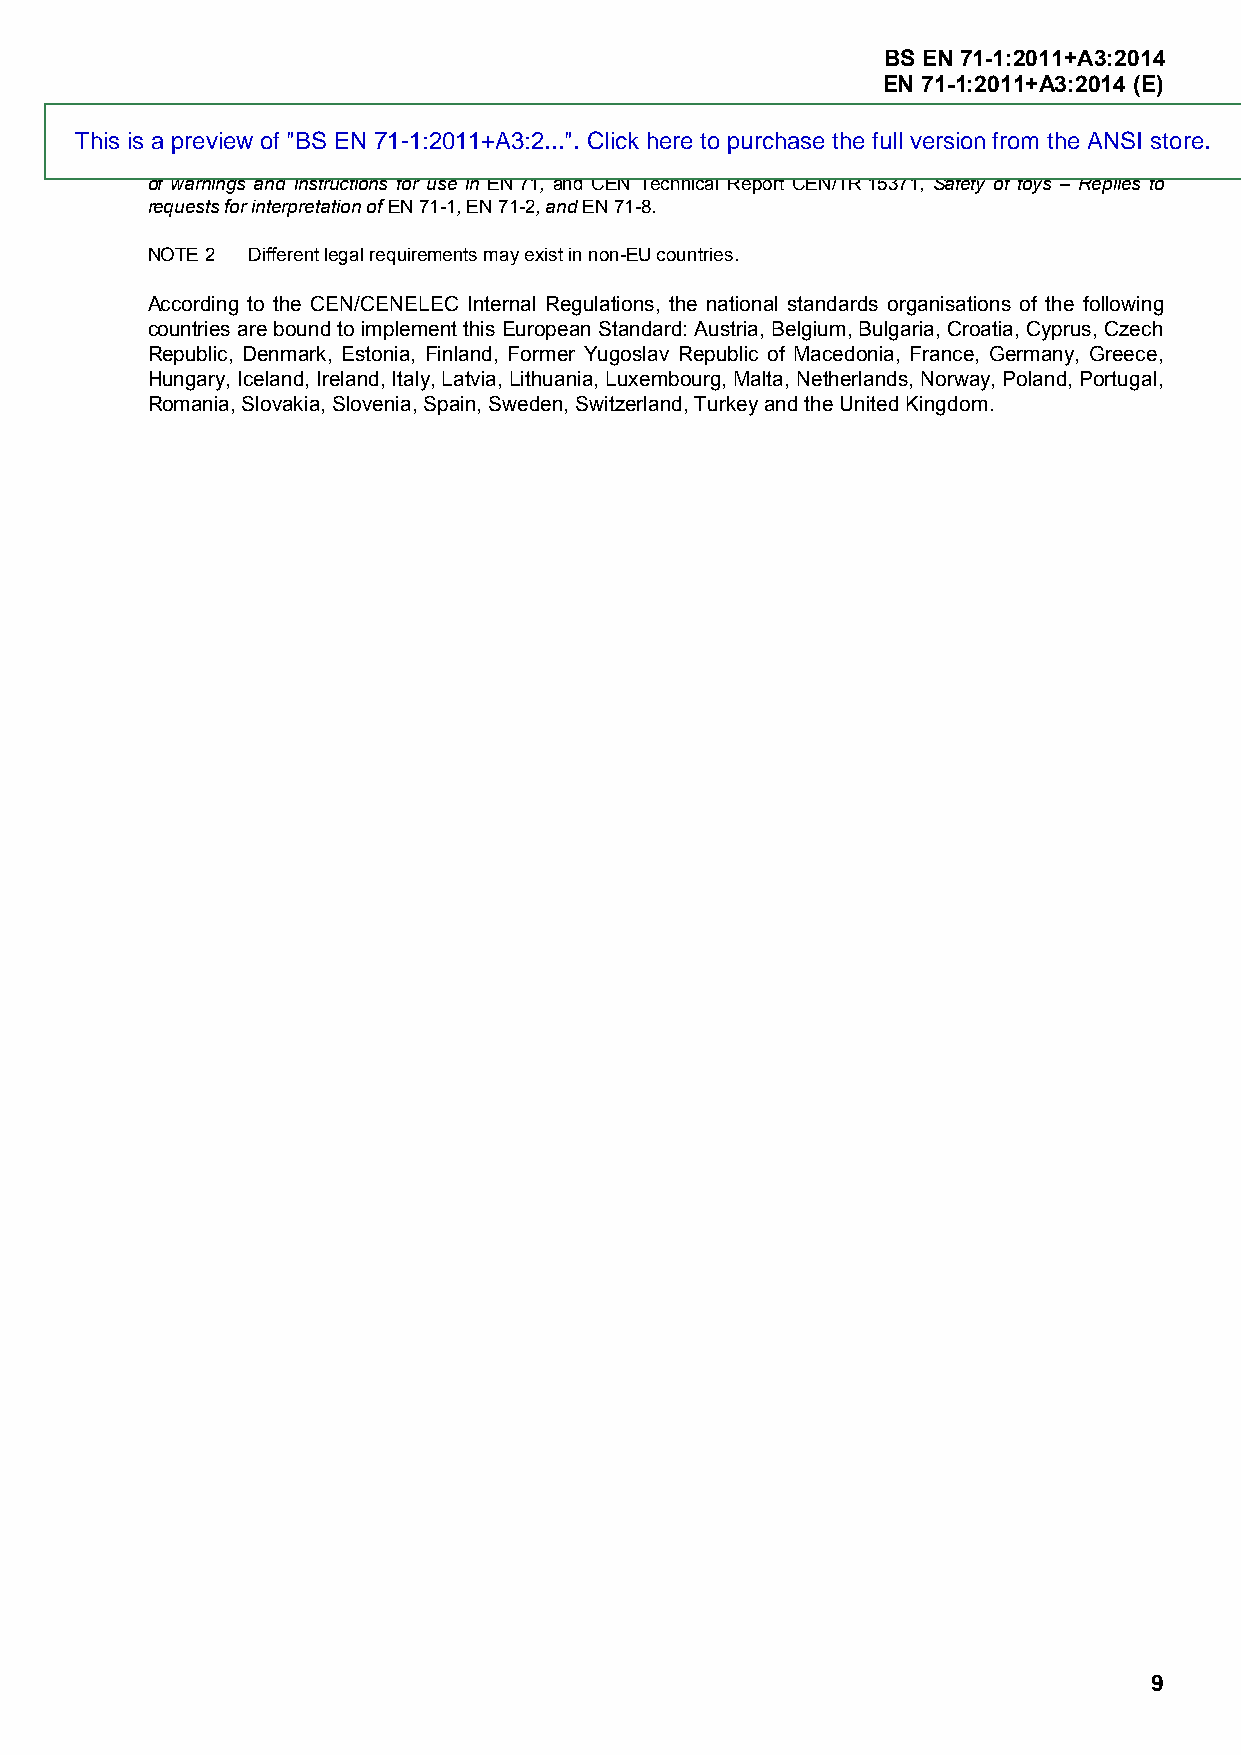
BS EN 71-1:2011+A3:2014
 EN 71-1:2011+A3:2014 (E)
 This is a preview of "BS EN 71-1:2011+A3:2...". Click here to purchase the full version from the ANSI store.
 of warnings and instructions for use in EN 71, and CEN Technical Report CEN/TR 15371, Safety of toys – Replies to
 requests for interpretation of EN 71-1, EN 71-2, and EN 71-8.
 NOTE 2 Different legal requirements may exist in non-EU countries.
 According to the CEN/CENELEC Internal Regulations, the national standards organisations of the following
 countries are bound to implement this European Standard: Austria, Belgium, Bulgaria, Croatia, Cyprus, Czech
 Republic, Denmark, Estonia, Finland, Former Yugoslav Republic of Macedonia, France, Germany, Greece,
 Hungary, Iceland, Ireland, Italy, Latvia, Lithuania, Luxembourg, Malta, Netherlands, Norway, Poland, Portugal,
 Romania, Slovakia, Slovenia, Spain, Sweden, Switzerland, Turkey and the United Kingdom.
 9